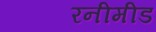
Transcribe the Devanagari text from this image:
रनीमीड